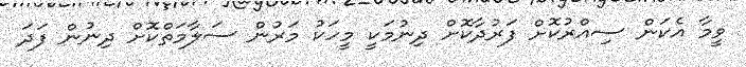
ވީމާ އެކަން ސިއްރުކޮށް ފަރުދާކޮށް ދިނުމަކީ މީހަކު މަރުން ސަލާމަތްކޮށް ދިނުން ފަދަ